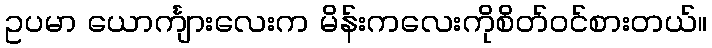
ဥပမာ ယောင်္ကျားလေးက မိန်းကလေးကိုစိတ်၀င်စားတယ်။